Vaccination North-Western Provinces 1866-1877 - 1866-1877
Year: 1866
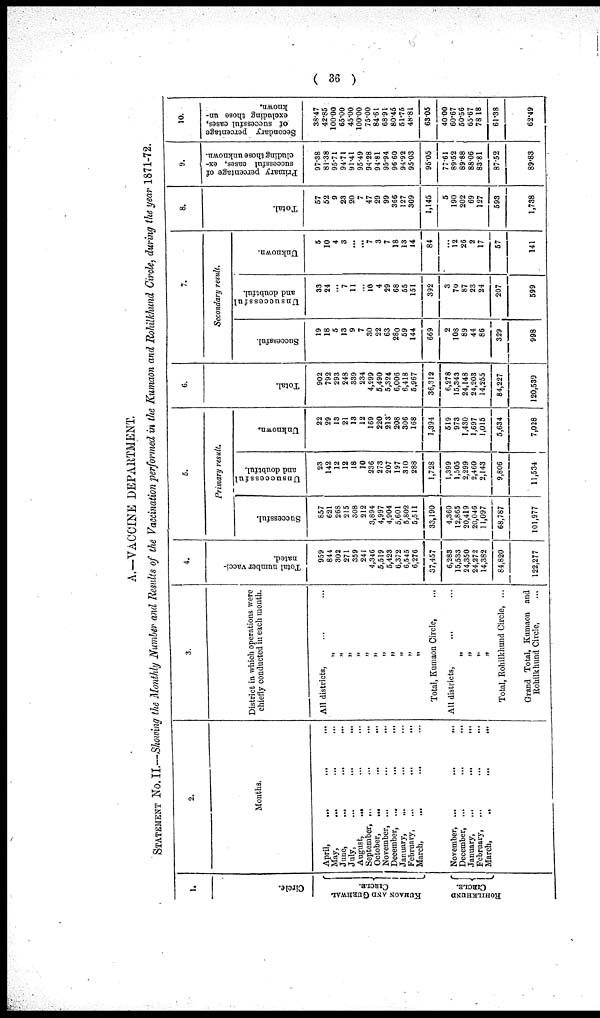
( 36 )
A.—VACCINE DEPARTMENT.
STATEMENT No. II—Showing the Monthly Number and Results of the Vaccination performed in the Kumaon and Rohilkhund Circle, during the year 1871-72.
Circle.
KUMAON AND GURHWAL
CIRCLE.
ROHILKHUND
CIRCLE.
2.
Months.
April, ... ... ...
May, ... ... ...
June, ... ... ...
July, ... ... ...
August, ... ... ...
September, ... ... ...
October, ... ... ...
November, ... ... ...
December, ... ... ...
January, ... ... ...
February, ... ... ...
March,
...
... ...
November, ... ... ...
December, ... ... ...
January, ... ... ...
February, ... ... ...
March,
... ...
...
3.
District in which operations were
chiefly conducted in each month.
All districts, ... ...
„
„
„
„
„
„
„
„
„
„
„
Total, Kumaon Circle, ...
All districts, ... ...
„
„
„
„
Total, Rohilkhund Circle, ...
Grand Total, Kumaon and
Rohilkhund Circle, ...
4.
Total number vacci-
nated.
959
844
302
271
359
241
4,346
5,519
5,423
6,372
6,545
6,276
37,457
6,283
15,533
24,350
24,272
14,382
84,820
122,277
5.
Primary result.
Successful.
857
621
268
215
308
212
3,894
4,997
4,904
5,601
5,802
5,511
33,190
4,360
12,865
20,419
20,046
11,097
68,787
101,977
Unsuccessful
and doubtful.
23
142
12
12
18
10
236
273
207
197
310
288
1,728
1,399
1,505
2,299
2,460
2,143
9,806
11,534
Unknown.
22
29
13
21
13
12
169
220
213
208
306
168
1,394
519
973
1,430
1,697
1,015
5,634
7,028
6.
Total.
902
792
293
248
339
234
4,299
5,490
5,324
6,006
6,418
5,967
36,312
6,278
15,343
24,148
24,203
14,255
84,227
120,539
7.
Secondary result.
Successful.
19
18
5
13
9
7
30
22
63
280
59
144
669
2
108
89
44
86
329
998
Unsuccessful
and doubtful.
33
24
...
7
11
...
10
4
29
68
55
151
392
3
70
87
23
24
207
599
Unknown.
5
10
4
3
...
...
7
3
7
18
13
14
84
...
12
26
2
17
57
141
8.
Total.
57
52
9
23
20
7
47
29
99
366
127
309
1,145
5
190
202
69
127
593
1,738
9.
Primary percentage of
successful cases, ex-
cluding those unknown.
97.38
81.38
95.71
94.71
91.41
95.49
94.28
94.81
95.94
96.60
94.92
95.03
95.05
77.61
89.52
89.88
88.06
83.81
87.52
89.83
10.
Secondary percentage
of successful cases,
excluding those un-
known.
38.47
42.85
100.00
65.00
45.00
100.00
75.00
84.61
68.91
80.45
51.75
48.81
63.05
40.00
60.67
50.56
65.67
78.18
61.38
62.49